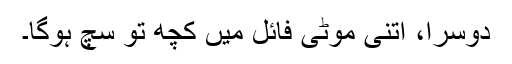
دوسرا، اتنی موٹی فائل میں کچھ تو سچ ہوگا۔